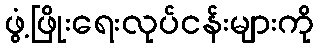
ဖွံ့ဖြိုးရေးလုပ်ငန်းများကို